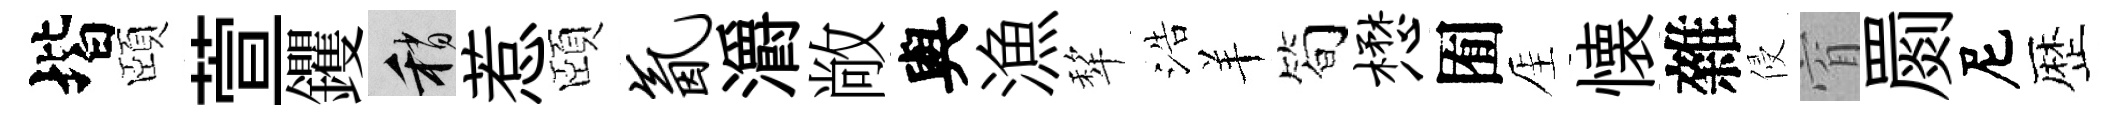
堦頤萱钁稍惹頤氤灂敞與漁犂浩羊简懋囿厓懐雜侵窅罽尼歴